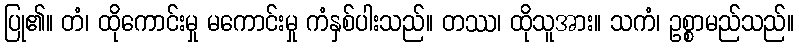
ပြု၏။ တံ၊ ထိုကောင်းမှု မကောင်းမှု ကံနှစ်ပါးသည်။ တဿ၊ ထိုသူအား။ သကံ၊ ဥစ္စာမည်သည်။